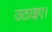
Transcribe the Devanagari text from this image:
उठाइए।